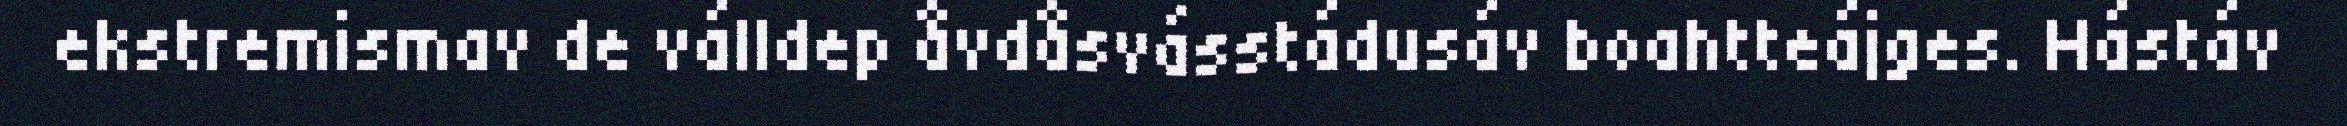
ekstremismav de válldep åvdåsvásstádusáv boahtteájges. Hástáv